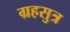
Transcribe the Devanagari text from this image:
ग्रहसुत्र